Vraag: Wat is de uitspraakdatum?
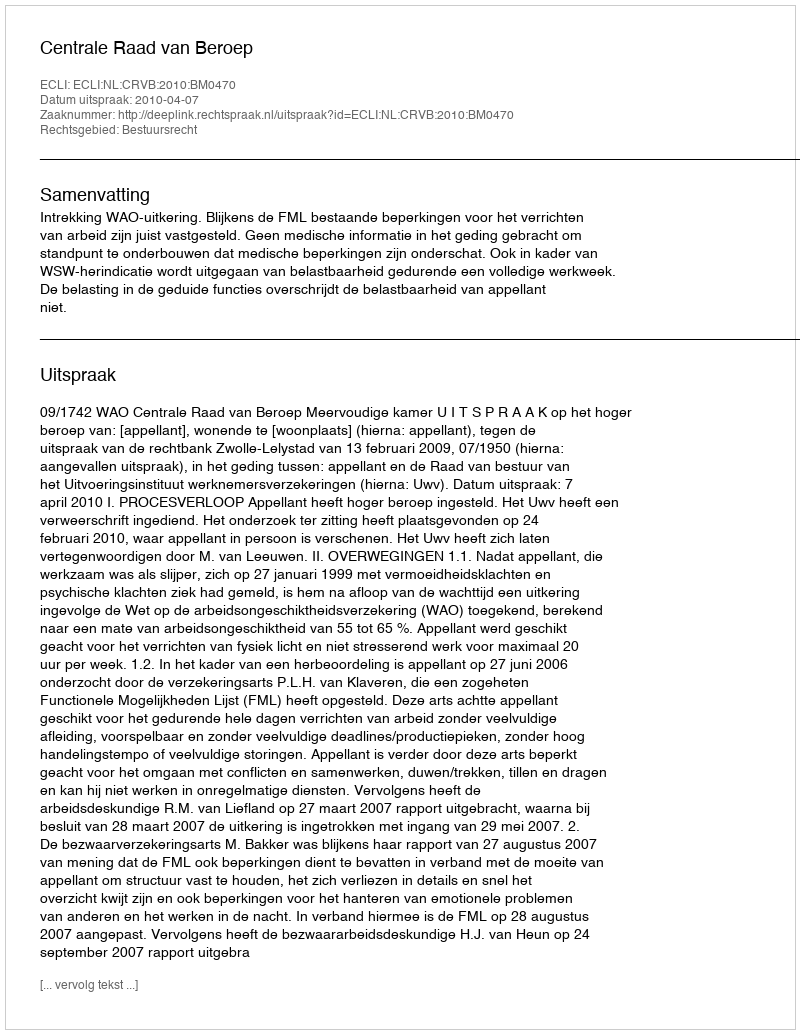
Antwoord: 2010-04-07